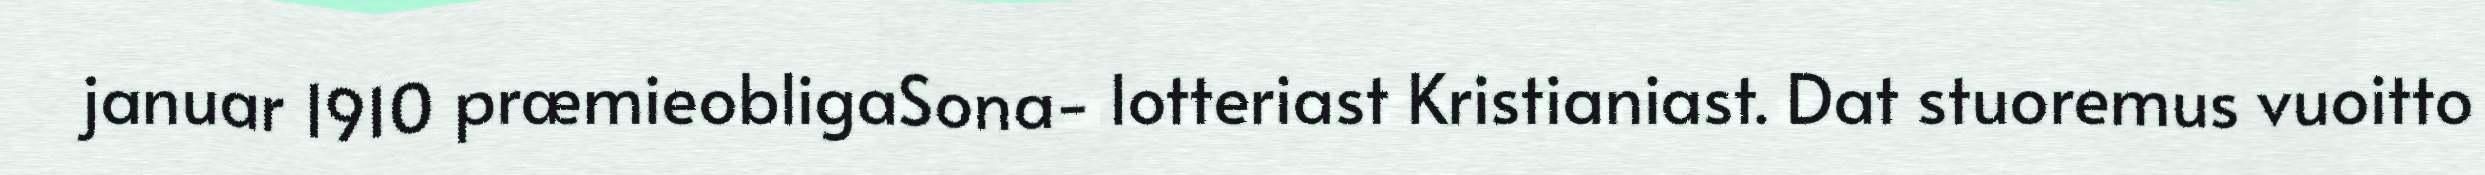
januar 1910 præmieobligaSona- lotteriast Kristianiast. Dat stuoremus vuoitto